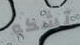
تشكو